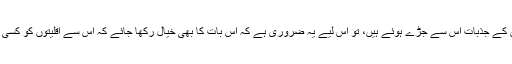
حالانکہ علی گڑھ مسلم یونیورسٹی ایک سیکولر یونیورسٹی ہے، لیکن پھر بھی مسلمانوں کے جذبات اس سے جڑے ہوئے ہیں، تو اس لیے یہ ضروری ہے کہ اس بات کا بھی خیال رکھا جائے کہ اس سے اقلیتوں کو کسی بھی طرح کی تکلیف نہ پہنچے اور جو شرارتی عناصر ہیں وہ اس کا فائدہ نہ اٹھا سکیں۔